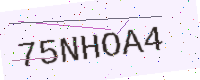
Text: 75NHOA4